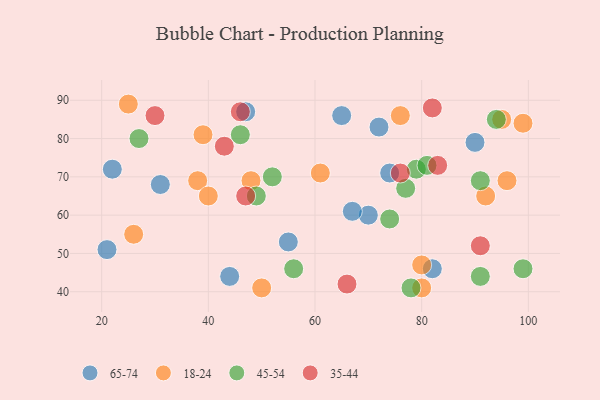
{"axis": {"x": "GDP", "y": "Life Expectancy"}, "legend": ["18-24", "35-44", "45-54", "65-74"], "data": [{"x": "21", "y": 51, "type": "65-74"}, {"x": "82", "y": 46, "type": "65-74"}, {"x": "70", "y": 60, "type": "65-74"}, {"x": "55", "y": 53, "type": "65-74"}, {"x": "22", "y": 72, "type": "65-74"}, {"x": "31", "y": 68, "type": "65-74"}, {"x": "72", "y": 83, "type": "65-74"}, {"x": "65", "y": 86, "type": "65-74"}, {"x": "67", "y": 61, "type": "65-74"}, {"x": "44", "y": 44, "type": "65-74"}, {"x": "90", "y": 79, "type": "65-74"}, {"x": "47", "y": 87, "type": "65-74"}, {"x": "74", "y": 71, "type": "65-74"}, {"x": "39", "y": 81, "type": "18-24"}, {"x": "48", "y": 69, "type": "18-24"}, {"x": "38", "y": 69, "type": "18-24"}, {"x": "25", "y": 89, "type": "18-24"}, {"x": "92", "y": 65, "type": "18-24"}, {"x": "80", "y": 41, "type": "18-24"}, {"x": "76", "y": 86, "type": "18-24"}, {"x": "99", "y": 84, "type": "18-24"}, {"x": "61", "y": 71, "type": "18-24"}, {"x": "50", "y": 41, "type": "18-24"}, {"x": "96", "y": 69, "type": "18-24"}, {"x": "40", "y": 65, "type": "18-24"}, {"x": "26", "y": 55, "type": "18-24"}, {"x": "80", "y": 47, "type": "18-24"}, {"x": "95", "y": 85, "type": "18-24"}, {"x": "79", "y": 72, "type": "45-54"}, {"x": "77", "y": 67, "type": "45-54"}, {"x": "27", "y": 80, "type": "45-54"}, {"x": "74", "y": 59, "type": "45-54"}, {"x": "94", "y": 85, "type": "45-54"}, {"x": "52", "y": 70, "type": "45-54"}, {"x": "81", "y": 73, "type": "45-54"}, {"x": "56", "y": 46, "type": "45-54"}, {"x": "46", "y": 81, "type": "45-54"}, {"x": "91", "y": 69, "type": "45-54"}, {"x": "91", "y": 44, "type": "45-54"}, {"x": "78", "y": 41, "type": "45-54"}, {"x": "99", "y": 46, "type": "45-54"}, {"x": "49", "y": 65, "type": "45-54"}, {"x": "82", "y": 88, "type": "35-44"}, {"x": "30", "y": 86, "type": "35-44"}, {"x": "66", "y": 42, "type": "35-44"}, {"x": "46", "y": 87, "type": "35-44"}, {"x": "91", "y": 52, "type": "35-44"}, {"x": "43", "y": 78, "type": "35-44"}, {"x": "47", "y": 65, "type": "35-44"}, {"x": "83", "y": 73, "type": "35-44"}, {"x": "76", "y": 71, "type": "35-44"}]}